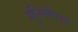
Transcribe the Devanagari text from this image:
मुन्सिपियो